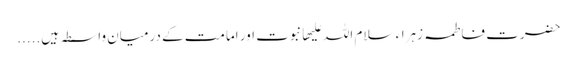
حضرت فاطمہ زہراء سلام اللہ علیھا نبوت اور امامت کے درمیان واسطہ ہیں.....